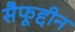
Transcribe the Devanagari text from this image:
सैफूद्दीन